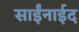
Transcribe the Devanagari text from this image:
साईंनाईद